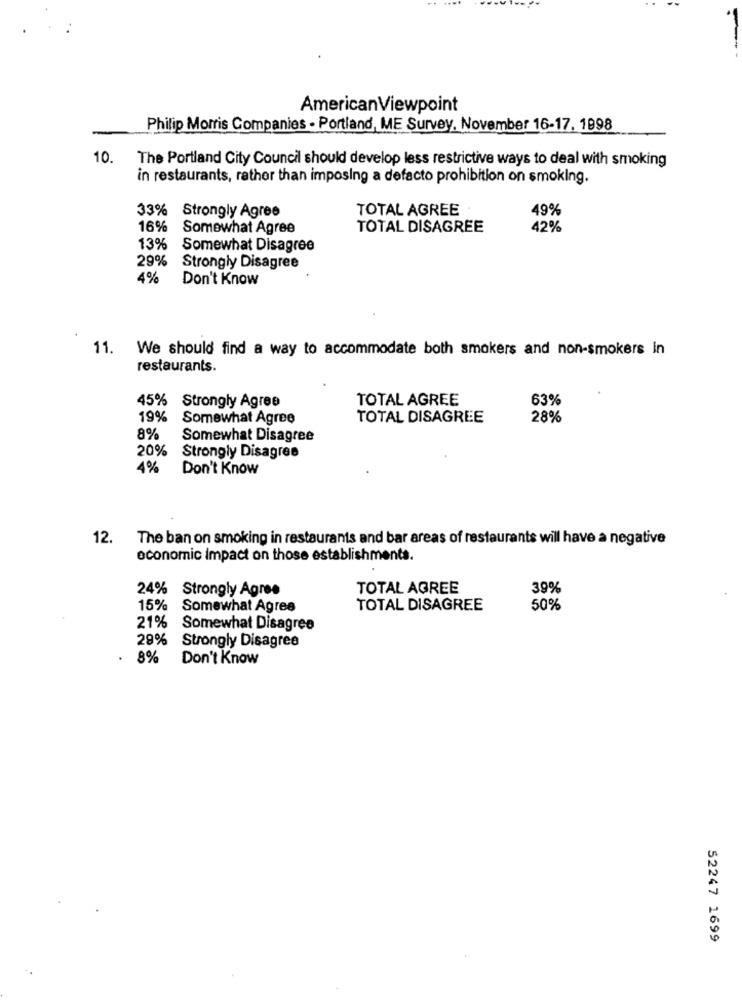
AmericanViewpoint
Philip Morris Companies - Portland, ME Survey, November 16-17, 1998
10.
The Portland City Council should develop less restrictive ways to deal with smoking
in restaurants, rather than imposing a defacto prohibition on smoking.
33% Strongly Agree
TOTAL AGREE
49%
16%
Somewhat Agree
TOTAL DISAGREE
42%
13%
Somewhat Disagree
29%
Strongly Disagree
4%
Don't Know
11.
We should find a way to accommodate both smokers and non-smokers in
restaurants.
TOTAL AGREE
63%
45% Strongly Agree
19%
Somewhat Agree
TOTAL DISAGREE
28%
8%
Somewhat Disagree
20%
Strongly Disagree
4%
Don't Know
12.
The ban on smoking in restaurants and bar areas of restaurants will have a negative
economic impact on those establishments.
24% Strongly Agree
TOTAL AGREE
39%
15%
Somewhat Agres
TOTAL DISAGREE
50%
21%
Somewhat Disagree
29%
Strongly Disagree
. 8%
Don't Know
52247 1699